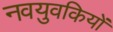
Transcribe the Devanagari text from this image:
नवयुवकियों